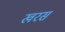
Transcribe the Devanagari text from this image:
खरस